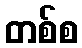
တစ်စ